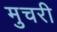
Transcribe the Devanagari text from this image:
मुचरी